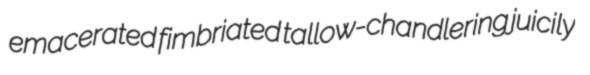
emacerated fimbriated tallow-chandlering juicily